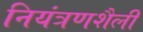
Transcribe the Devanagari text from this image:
नियंत्रणशैली